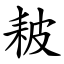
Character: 耚